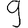
Digit: 9